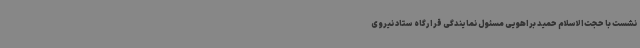
نشست با حجت‌الاسلام حمید براهویی مسئول نمایندگی قرارگاه ستاد نیروی